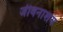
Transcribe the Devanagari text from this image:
जीवनाशय